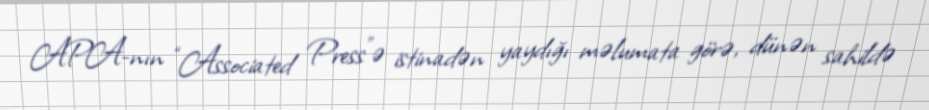
APA-nın “Associated Press”ə istinadən yaydığı məlumata görə, dünən sahildə